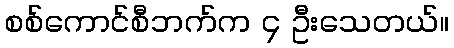
စစ်ကောင်စီဘက်က ၄ ဦးသေတယ်။